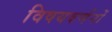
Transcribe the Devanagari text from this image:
विषयवर्णनों